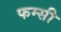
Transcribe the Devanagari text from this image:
फम्सी